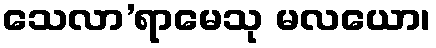
သေလာ’ရာမေသု မလယော၊